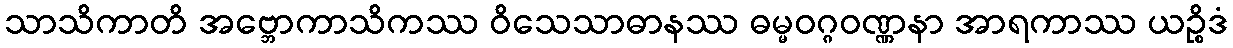
သာသိကာတိ အဗ္ဘောကာသိကဿ ဝိသေသာဓာနဿ ဓမ္မဝဂ္ဂဝဏ္ဏနာ အာရကာဿ ယဉ္စိဒံ